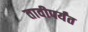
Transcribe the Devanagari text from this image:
तावीपर्यंत